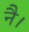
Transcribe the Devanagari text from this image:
नै।